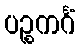
ပဉ္စကင်္ဂံ